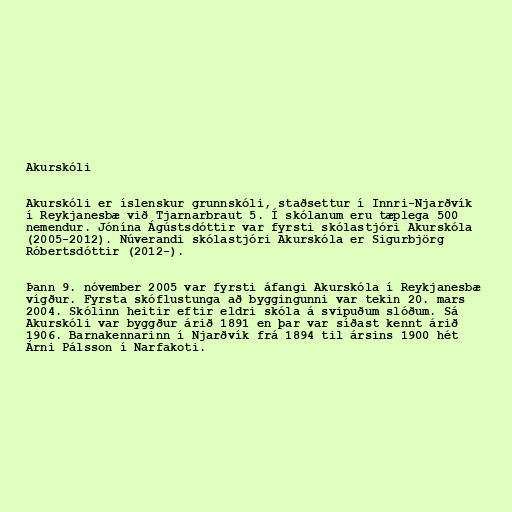
Akurskóli

Akurskóli er íslenskur grunnskóli, staðsettur í Innri-Njarðvík
í Reykjanesbæ við Tjarnarbraut 5. Í skólanum eru tæplega 500
nemendur. Jónína Ágústsdóttir var fyrsti skólastjóri Akurskóla
(2005-2012). Núverandi skólastjóri Akurskóla er Sigurbjörg
Róbertsdóttir (2012-).

Þann 9. nóvember 2005 var fyrsti áfangi Akurskóla í Reykjanesbæ
vígður. Fyrsta skóflustunga að byggingunni var tekin 20. mars
2004. Skólinn heitir eftir eldri skóla á svipuðum slóðum. Sá
Akurskóli var byggður árið 1891 en þar var síðast kennt árið
1906. Barnakennarinn í Njarðvík frá 1894 til ársins 1900 hét
Árni Pálsson í Narfakoti.